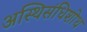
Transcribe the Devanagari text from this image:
अस्थिसंधिशोथ